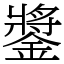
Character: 𨫥